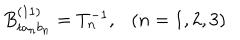
LaTeX: B _ { t a _ { n } b _ { n } } ^ { ( 1 1 ) } = T _ { n } ^ { - 1 } , \ \ \ ( n = 1 , 2 , 3 )